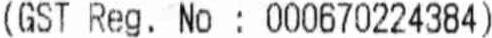
(GST REG. NO : 000670224384)